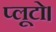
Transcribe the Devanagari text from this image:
प्लूटो।